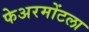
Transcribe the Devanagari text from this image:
फेअरमोंटला